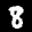
Label: 8